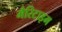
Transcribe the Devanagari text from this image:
मैरिटाइम